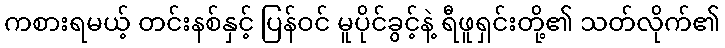
ကစားရမယ့် တင်းနစ်နှင့် ပြန်ဝင် မူပိုင်ခွင့်နဲ့ ရီဖူရှင်းတို့၏ သတ်လိုက်၏